Vaccination in Bombay 1869-1873 - 1869-1873
Year: 1869
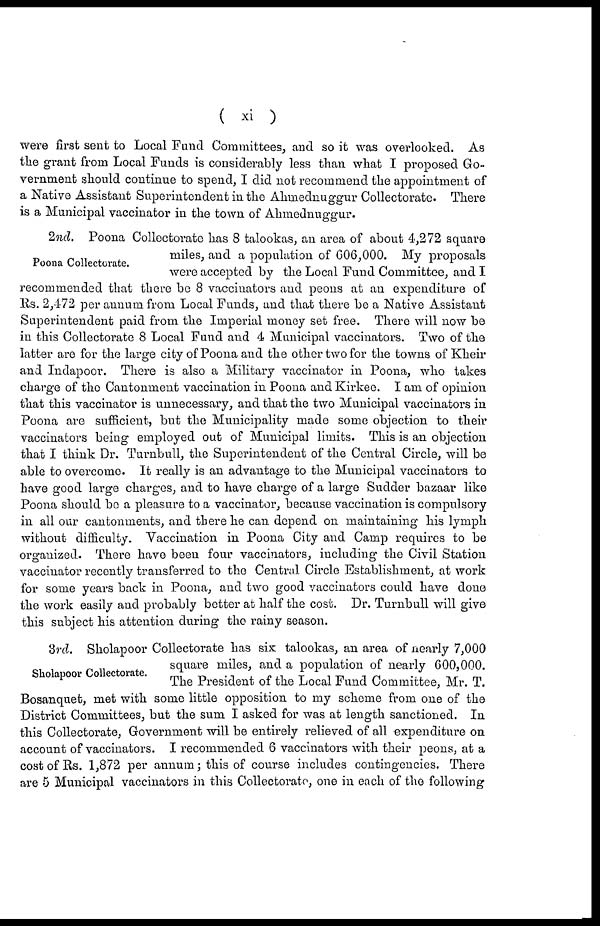
( xi )
were first sent to Local Fund Committees, and so it was overlooked. As
the grant from Local Funds is considerably less than what I proposed Go-
vernment should continue to spend, I did not recommend the appointment of
a Native Assistant Superintendent in the Ahmednuggur Collectorate. There
is a Municipal vaccinator in the town of Ahmednuggur.
Poona Collectorate.
2nd. Poona Collectorate has 8 talookas, an area of about 4,272 square
miles, and a population of 606,000. My proposals
were accepted by the Local Fund Committee, and I
recommended that there be 8 vaccinators and peons at an expenditure of
Rs. 2,472 per annum from Local Funds, and that there be a Native Assistant
Superintendent paid from the Imperial money set free. There will now be
in this Collectorate 8 Local Fund and 4 Municipal vaccinators. Two of the
latter are for the large city of Poona and the other two for the towns of Kheir
and Indapoor. There is also a Military vaccinator in Poona, who takes
charge of the Cantonment vaccination in Poona and Kirkee. I am of opinion
that this vaccinator is unnecessary, and that the two Municipal vaccinators in
Poona are sufficient, but the Municipality made some objection to their
vaccinators being employed out of Municipal limits. This is an objection
that I think Dr. Turnbull, the Superintendent of the Central Circle, will be
able to overcome. It really is an advantage to the Municipal vaccinators to
have good large charges, and to have charge of a large Sudder bazaar like
Poona should be a pleasure to a vaccinator, because vaccination is compulsory
in all our cantonments, and there he can depend on maintaining his lymph
without difficulty. Vaccination in Poona City and Camp requires to be
organized. There have been four vaccinators, including the Civil Station
vaccinator recently transferred to the Central Circle Establishment, at work
for some years back in Poona, and two good vaccinators could have done
the work easily and probably better at half the cost. Dr. Turnbull will give
this subject his attention during the rainy season.
Sholapoor Collectorate.
3rd. Sholapoor Collectorate has six talookas, an area of nearly 7,000
square miles, and a population of nearly 600,000.
The President of the Local Fund Committee, Mr. T.
Bosanquet, met with some little opposition to my scheme from one of the
District Committees, but the sum I asked for was at length sanctioned. In
this Collectorate, Government will be entirely relieved of all expenditure on
account of vaccinators. I recommended 6 vaccinators with their peons, at a
cost of Rs. 1,872 per annum; this of course includes contingencies. There
are 5 Municipal vaccinators in this Collectorate, one in each of the following